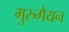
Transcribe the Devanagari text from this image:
मुरुगैयन